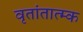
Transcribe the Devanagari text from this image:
वृतांतात्‍म्क